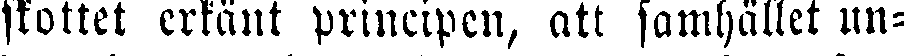
skottet erkänt principen, att samhället un-